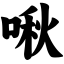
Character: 啾